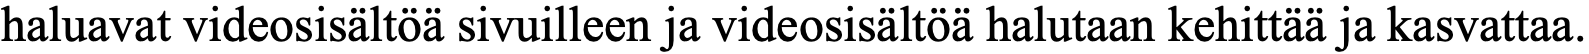
haluavat videosisältöä sivuilleen ja videosisältöä halutaan kehittää ja kasvattaa.